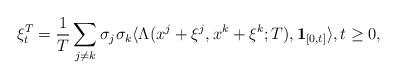
LaTeX: \begin{align*}\xi_t^T =\frac{1}{T}\sum_{j \neq k}\sigma_j \sigma_k \langle \Lambda(x^j+\xi^j,x^k+\xi^k;T),\mathbf{1}_{[0,t]}\rangle,t\geq 0,\end{align*}